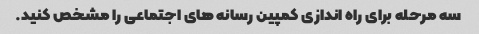
سه مرحله برای راه اندازی کمپین رسانه های اجتماعی را مشخص کنید.